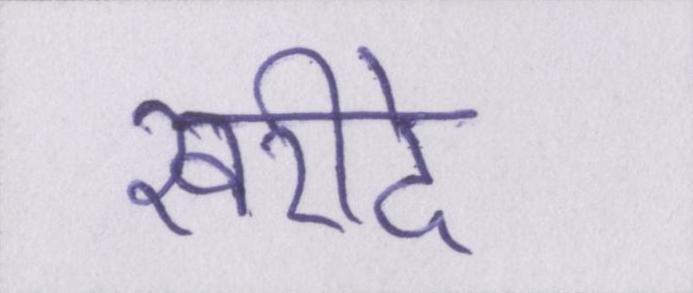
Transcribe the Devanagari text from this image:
खरीदे